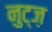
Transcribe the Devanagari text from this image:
नुट्ज़